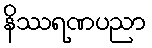
နိဿရဏပညာ